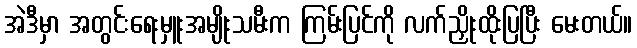
အဲဒီမှာ အတွင်းရေးမှူးအမျိုးသမီးက ကြမ်းပြင်ကို လက်ညှိုးထိုးပြပြီး မေးတယ်။